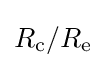
R_{\text{c}}/R_{\text{e}}